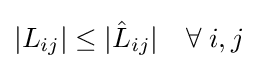
|L_{ij}|\leq |{\hat {L}}_{ij}|\quad \forall \;i,j